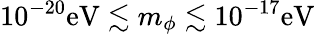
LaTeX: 10^{-20}\mathrm{eV}\lesssim m_{\phi}\lesssim 10^{-17}\mathrm{eV}